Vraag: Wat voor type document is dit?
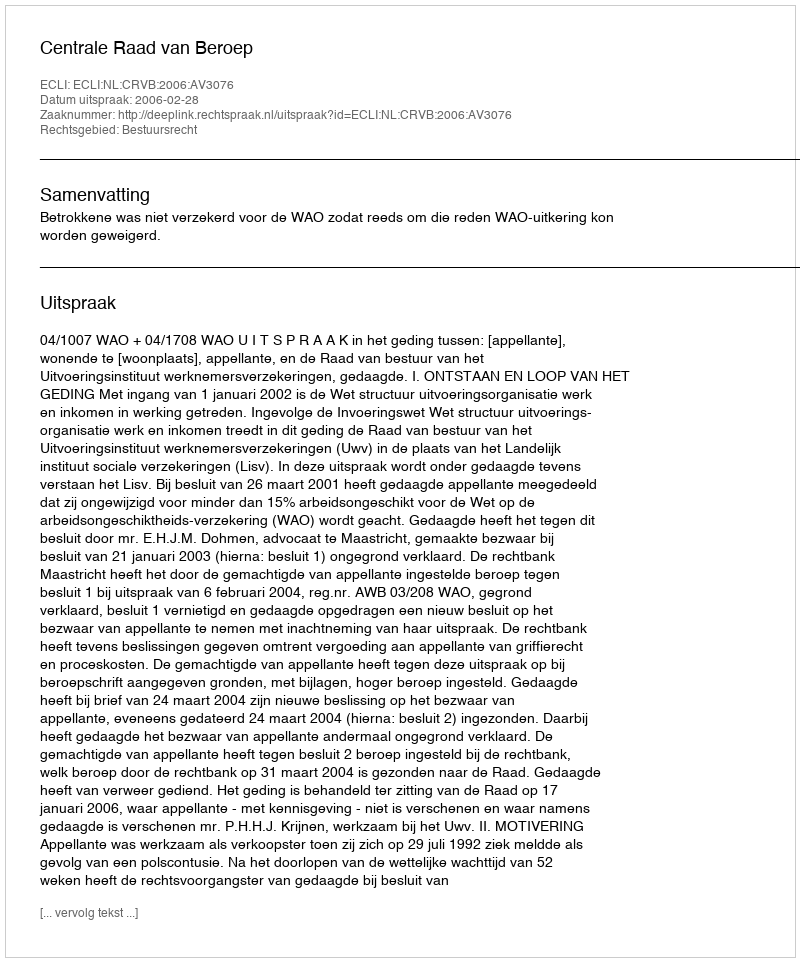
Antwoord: Uitspraak